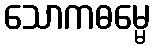
သောကဓမ္မေ